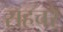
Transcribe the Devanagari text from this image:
सहचरे